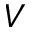
V